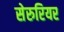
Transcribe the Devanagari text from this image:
सेरुरियर